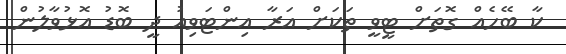
ކާ ބޭހެއް ގޮތަށް ޓީވީ ތަކަށް އަރާ އިންޓަވިއު ދީ ބޮޑު އޮޅުވާލުން